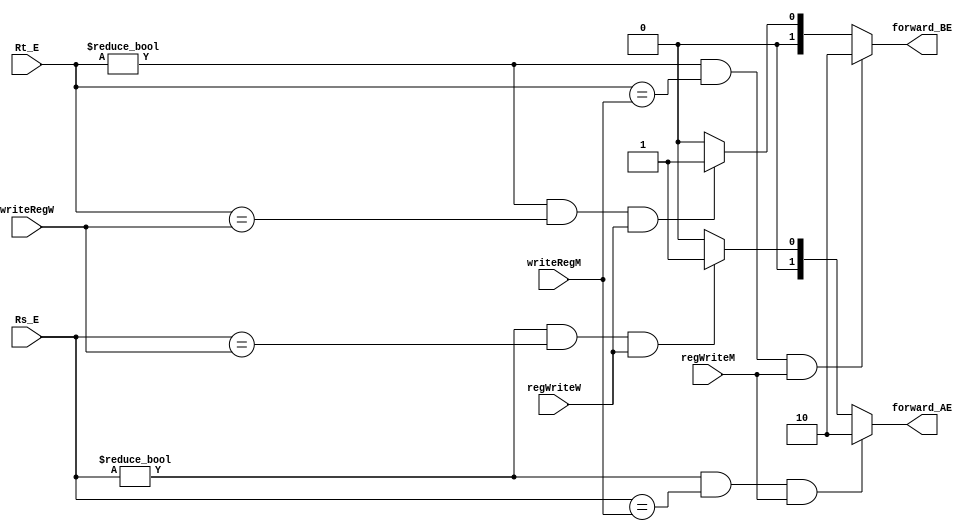
module fowarding (writeRegM, regWriteM, writeRegW, regWriteW, forward_AE, forward_BE, Rs_E, Rt_E,);
input wire regWriteM, regWriteW;
input wire [4:0] writeRegW, writeRegM, Rs_E, Rt_E;
output wire [1:0] forward_AE;
output wire [1:0] forward_BE;

assign forward_AE = ((Rs_E != 0) && (Rs_E == writeRegM) && regWriteM)  ? 2'b10 : // EX/EX
				   (((Rs_E != 0) && (Rs_E == writeRegW) && regWriteW) ? 2'b01 : // MEM/EX
				   0);

assign forward_BE = ((Rt_E != 0) && (Rt_E == writeRegM) && regWriteM)  ? 2'b10 : // EX/EX
				   (((Rt_E != 0) && (Rt_E == writeRegW) && regWriteW) ? 2'b01 : // MEM/EX
				   0);


endmodule